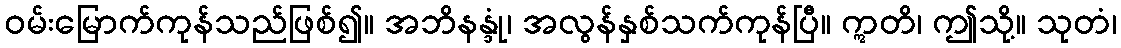
ဝမ်းမြောက်ကုန်သည်ဖြစ်၍။ အဘိနန္ဒုံ၊ အလွန်နှစ်သက်ကုန်ပြီ။ ဣတိ၊ ဤသို့။ သုတံ၊